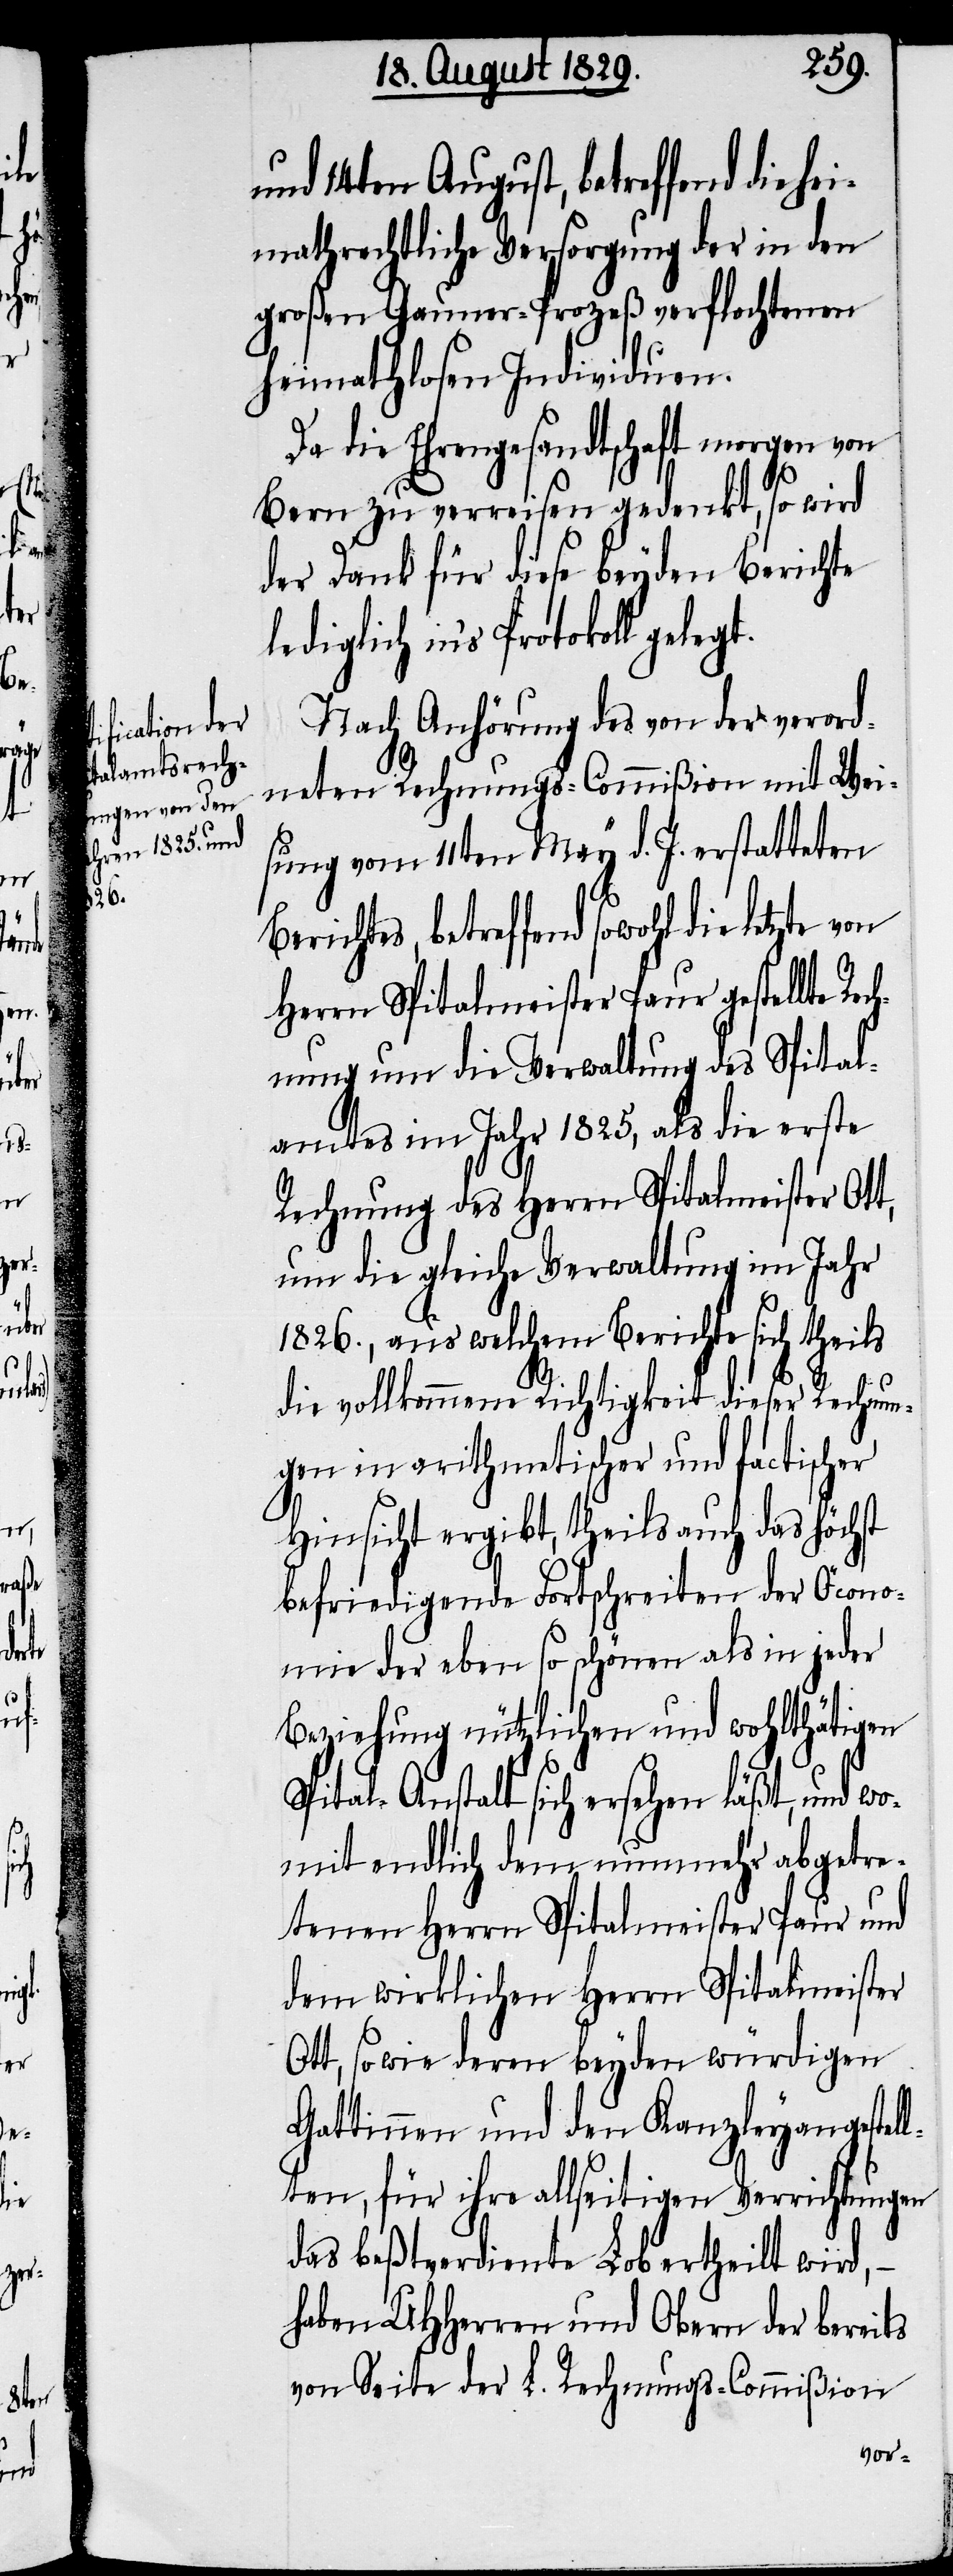
ls

egt.

und 14ten August, betreffend die he¬
imathrechtliche Versorgung der in den
großen Gauner-Prozeß verflochtenen
heimathlosen Individuen.
Da die Ehrengesandtschaft morgen von
Bern zu verreisen gedenkt, so wird
der Dank für diese beyden Berichte
lediglich in’s Protokoll gel¬
Nach Anhörung des von der verord¬
neten Rechnungs-Commißion mit Wei¬
sung vom 11ten May d. J. erstatteten
Berichtes, betreffend sowohl die letzte von
Herrn Spitalmeister Paur gestellte Rec¬
hnung um die Verwaltung des Spital¬
amtes im Jahr 1825., als die erste
Rechnung des Herrn Spitalmeister Ot¬
um die gleiche Verwaltung im Jahr
1826., aus welchem Berichte sich thei¬
die vollkommene Richtigkeit dieser Rechnun¬
gen in arithmethischer und factischer
Hinsicht ergibt, theils auch das höchst
befriedigende Fortschreiten der Öcono¬
mie der eben so schönen als in jeder
Beziehung nützlichen und wohlthätigen
Spital-Anstalt sich ersehen läßt, und wo¬
mit endlich dem nunmehr abgetre¬
tenen Herrn Spitalmeister Paur und
dem wirklichen Herrn Spitalmeister
Ott, so wie deren beyden würdigen
Gattinnen und den Kanzleyangestel¬
lten, für ihre allseitigen Verrichtungen
das beßtverdiente Lob ertheilt wird, –
haben UHHerren und Obern der bereits
von Seite der L. Rechnungs-Commißion